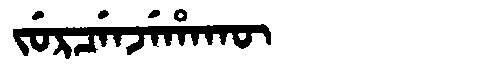
Manchu: ᠵᡠᡵᠴᡝᠨᠵᡝᡥᠠᡴᡡ
Romanization: JURCENJEHAKŪ